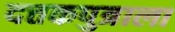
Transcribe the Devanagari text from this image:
दत्तकपुत्राला